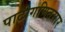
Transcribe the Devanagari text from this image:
पाटीगणितसार